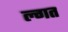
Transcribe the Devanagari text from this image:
ल्गत